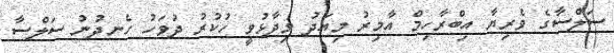
ސަލްސާގެ ވެރިޔާ އިބްރާހިމް އާމިރު މިއަދު ވިދާޅުވީ ހުކުރު ދުވަހު ހެނދުނު ސަލްސާ